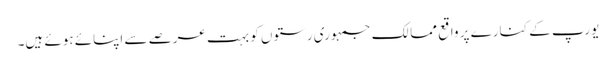
یورپ کے کنارے پر واقع ممالک جمہوری رستوں کو بہت عرصے سے اپنائے ہوئے ہیں۔